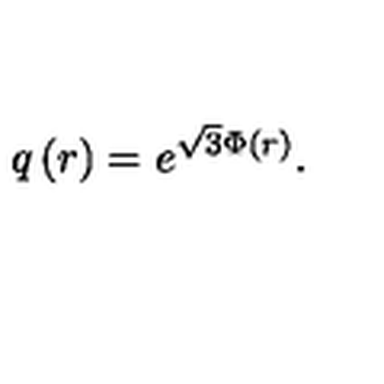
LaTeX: q \left( r \right) = e ^ { \sqrt { 3 } \Phi \left( r \right) } .